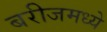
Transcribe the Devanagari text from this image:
बरीजमध्ये